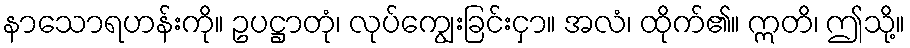
နာသောရဟန်းကို။ ဥပဋ္ဌာတုံ၊ လုပ်ကျွေးခြင်းငှာ။ အလံ၊ ထိုက်၏။ ဣတိ၊ ဤသို့။